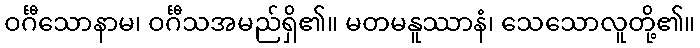
ဝင်္ဂီသောနာမ၊ ဝင်္ဂီသအမည်ရှိ၏။ မတမနူဿာနံ၊ သေသောလူတို့၏။